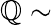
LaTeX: \mathbb{Q}\sim